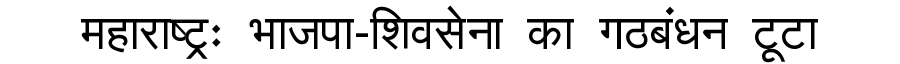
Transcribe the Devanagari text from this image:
महाराष्ट्रः भाजपा-शिवसेना का गठबंधन टूटा